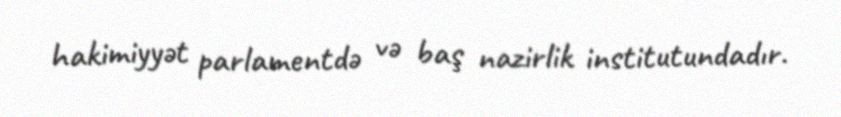
hakimiyyət parlamentdə və baş nazirlik institutundadır.